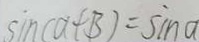
\sin ( a + B ) = s i m a